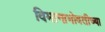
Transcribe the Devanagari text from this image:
विमानाभोवतीच्या